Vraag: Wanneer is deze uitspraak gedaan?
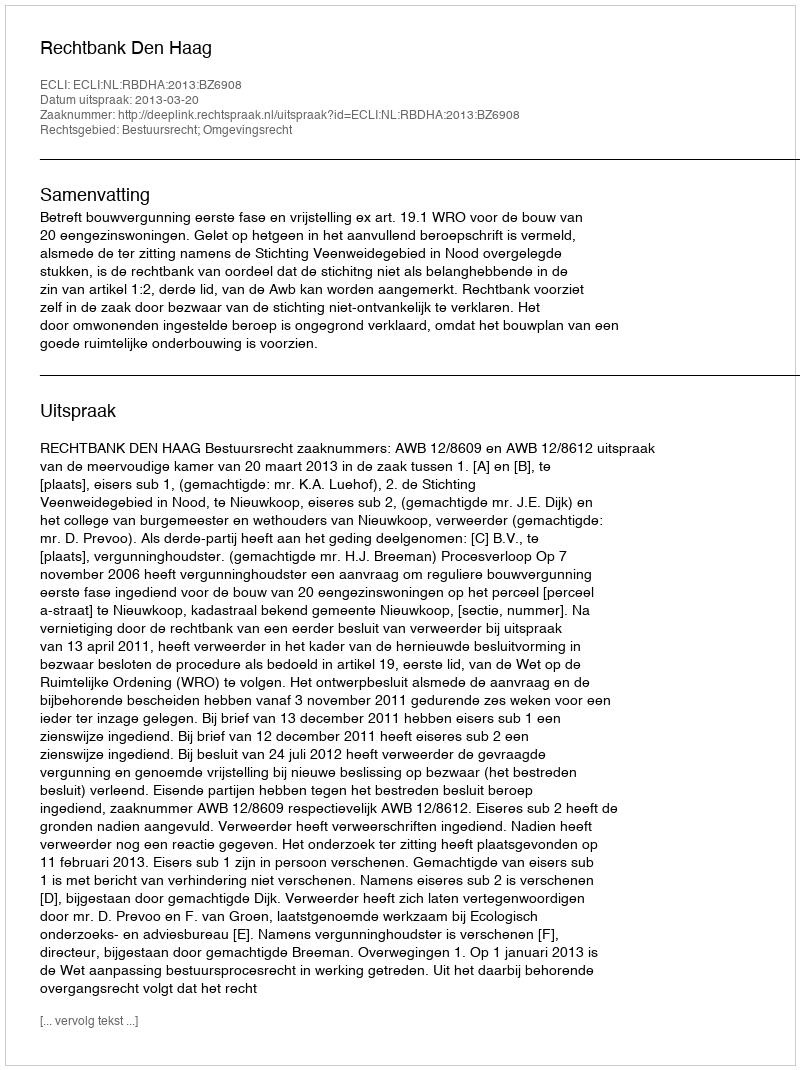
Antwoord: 2013-03-20